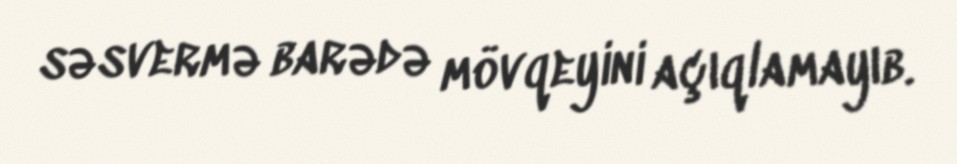
səsvermə barədə mövqeyini açıqlamayıb.